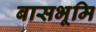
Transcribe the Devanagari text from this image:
बासभूमि